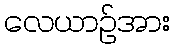
လေယာဉ်အား